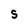
Character: S